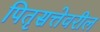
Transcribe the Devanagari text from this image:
पितृसत्तेवरील